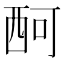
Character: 𧟫